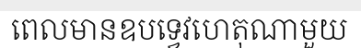
ពេលមានឧបទ្វេវហេតុណាមួយ